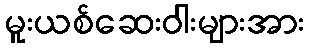
မူးယစ်ဆေးဝါးများအား